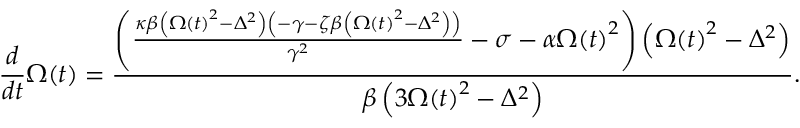
\frac { d } { d t } \Omega \! \left( t \right) = \frac { \left( \frac { \kappa \beta \left( \Omega \left( t \right) ^ { 2 } - \Delta ^ { 2 } \right) \left( - \gamma - \zeta \beta \left( \Omega \left( t \right) ^ { 2 } - \Delta ^ { 2 } \right) \right) } { \gamma ^ { 2 } } - \sigma - \alpha \Omega \! \left( t \right) ^ { 2 } \right) \left( \Omega \! \left( t \right) ^ { 2 } - \Delta ^ { 2 } \right) } { \beta \left( 3 \Omega \! \left( t \right) ^ { 2 } - \Delta ^ { 2 } \right) } .